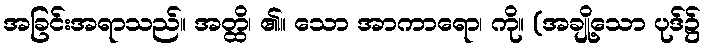
အခြင်းအရာသည်။ အတ္ထိ၊ ၏။ သော အာကာရော၊ ကို။ (အချို့သော ပုဒ်၌